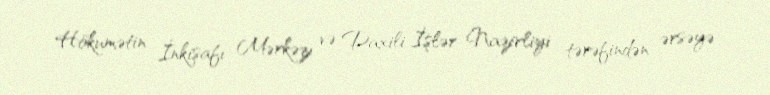
Hökumətin İnkişafı Mərkəzı və Daxili İşlər Nazirliyi tərəfindən ərsəyə